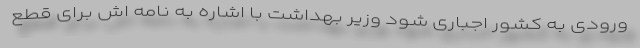
ورودی به کشور اجباری شود وزیر بهداشت با اشاره به نامه اش برای قطع